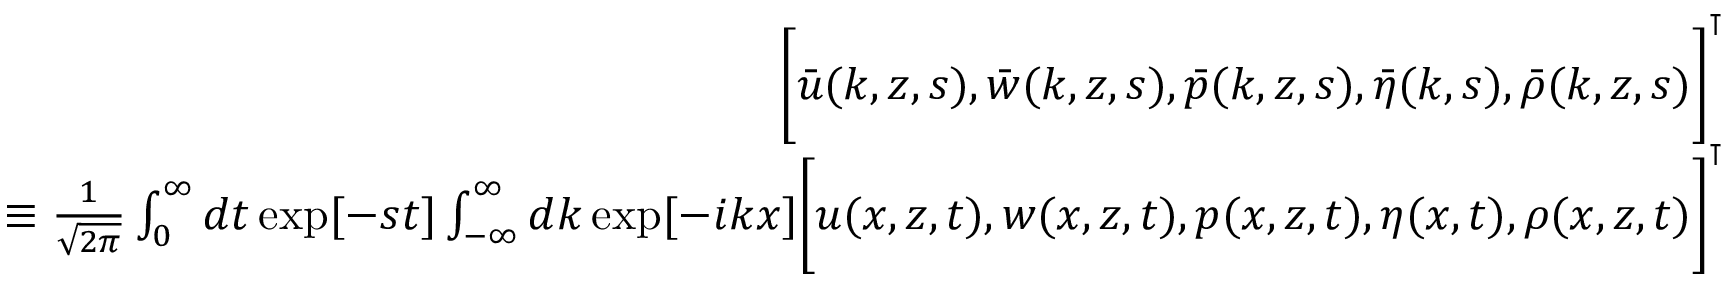
\begin{array} { r l r } & { } & { \bigg [ \bar { u } ( k , z , s ) , \bar { w } ( k , z , s ) , \bar { p } ( k , z , s ) , \bar { \eta } ( k , s ) , \bar { \rho } ( k , z , s ) \bigg ] ^ { \intercal } } \\ & { } & { \equiv \frac { 1 } { \sqrt { 2 \pi } } \int _ { 0 } ^ { \infty } d t \exp [ - s t ] \int _ { - \infty } ^ { \infty } d k \exp [ - i k x ] \bigg [ u ( x , z , t ) , w ( x , z , t ) , p ( x , z , t ) , \eta ( x , t ) , \rho ( x , z , t ) \bigg ] ^ { \intercal } } \\ & { } & \end{array}